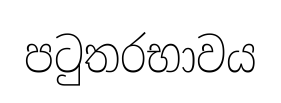
පටුතරභාවය